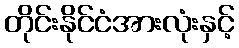
တိုင်းနိုင်ငံအားလုံးနှင့်